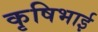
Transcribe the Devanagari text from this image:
कृषिभाई